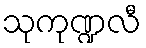
သုကုဏ္ဍလီ